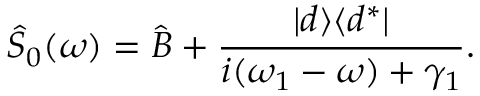
\widehat { S } _ { 0 } ( \omega ) = \widehat { B } + \frac { | d \rangle \langle d ^ { * } | } { i ( \omega _ { 1 } - \omega ) + \gamma _ { 1 } } .